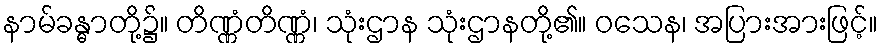
နာမ်ခန္ဓာတို့၌။ တိဏ္ဏံတိဏ္ဏံ၊ သုံးဌာန သုံးဌာနတို့၏။ ဝသေန၊ အပြားအားဖြင့်။